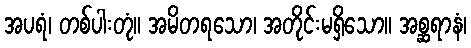
အပရံ၊ တစ်ပါးတုံ။ အမိတရသော၊ အတိုင်းမရှိသော။ အစ္ဆရာနံ၊